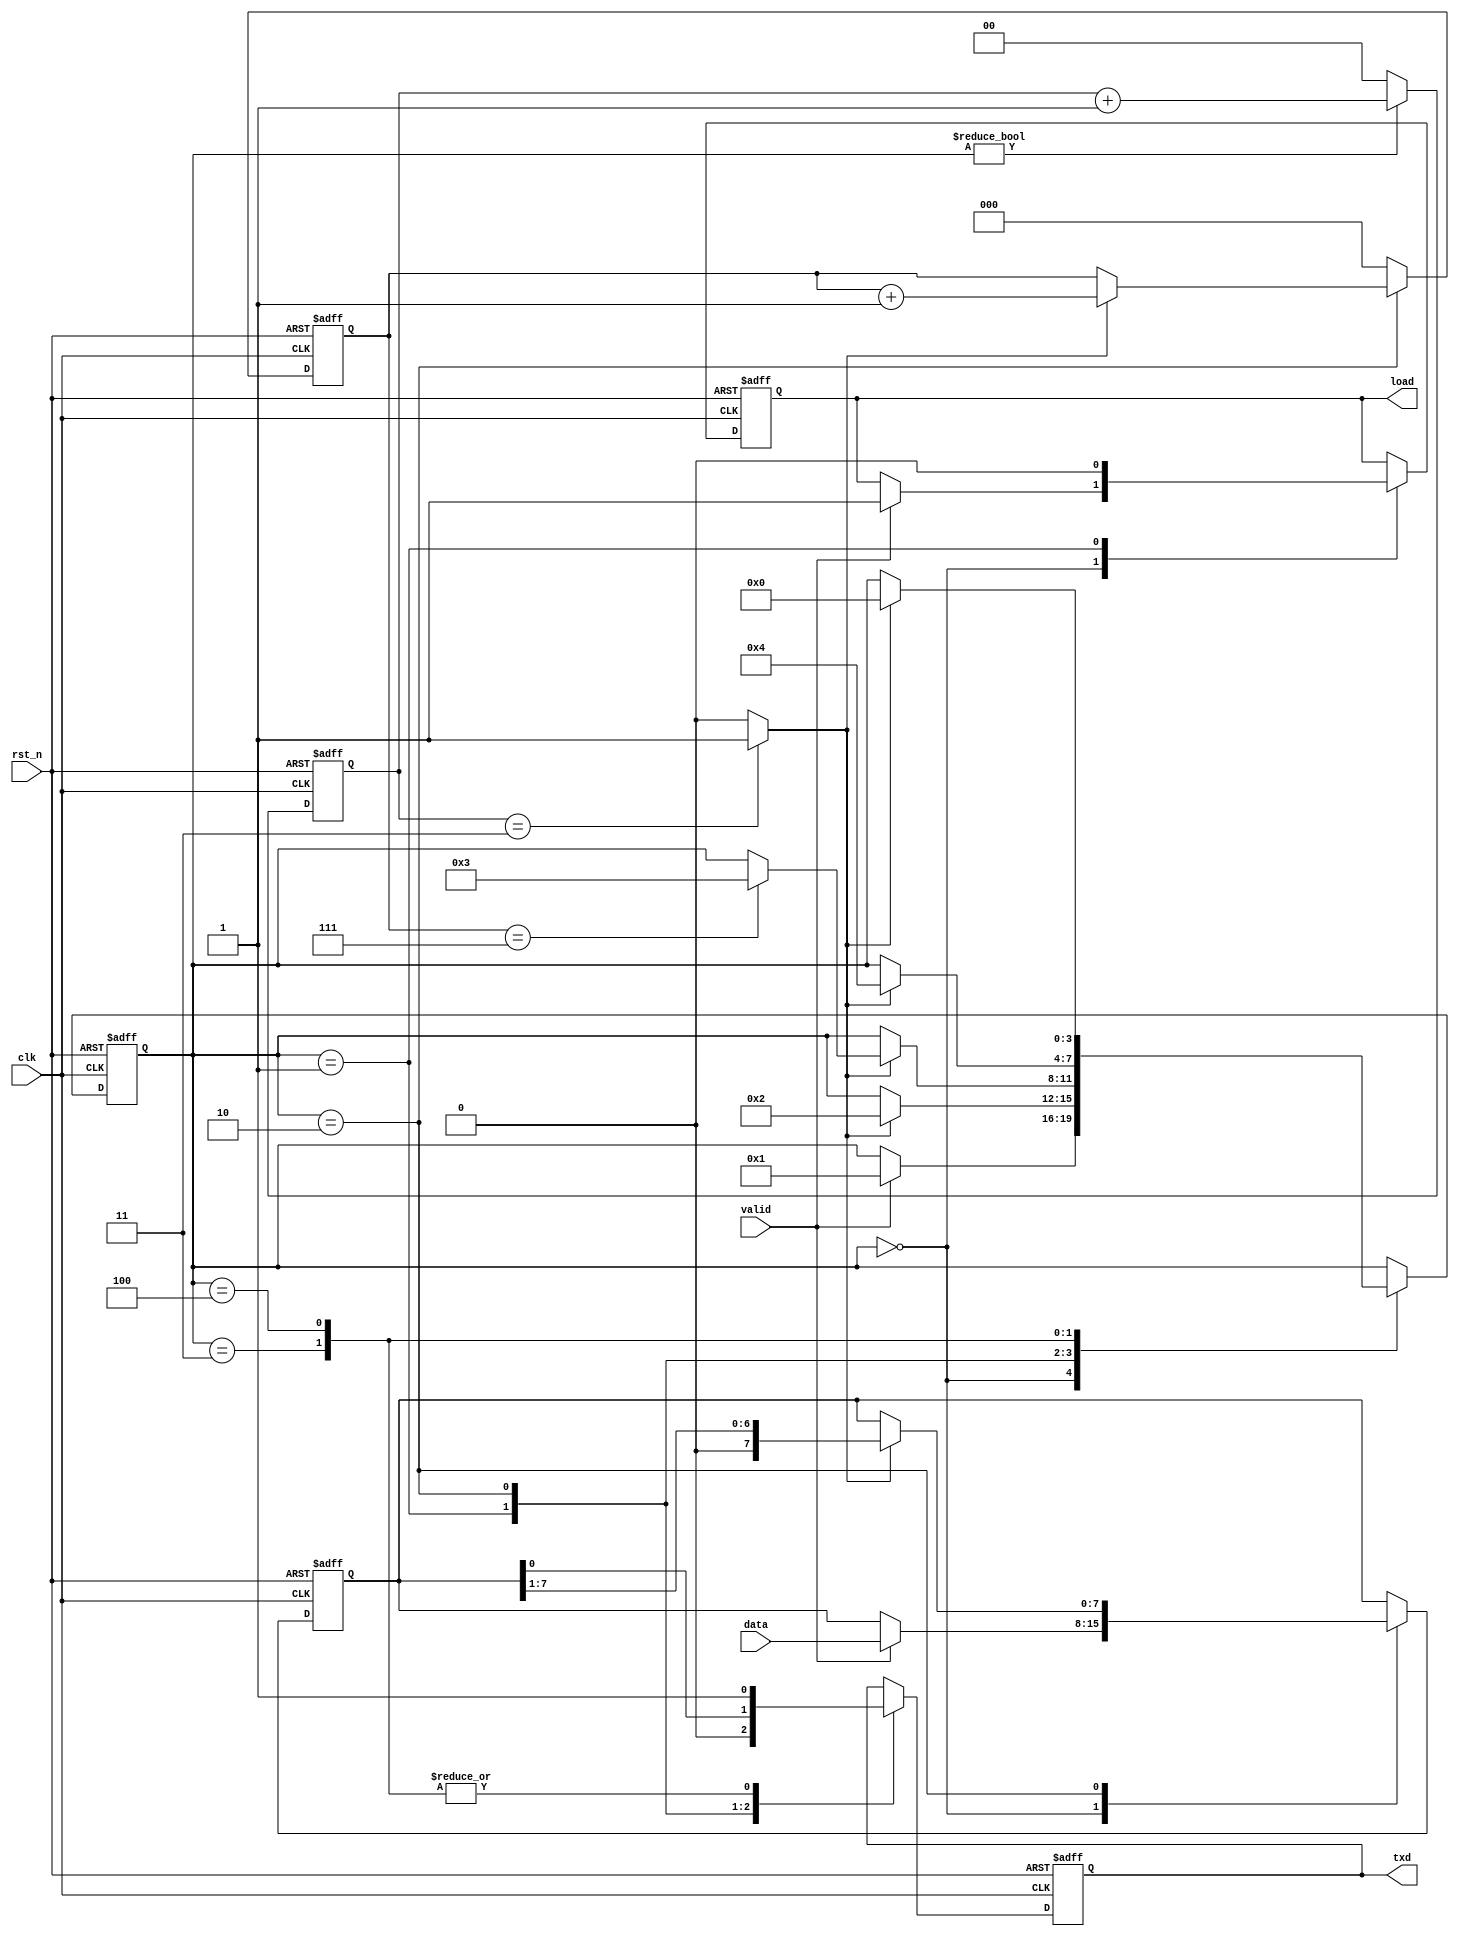
module uartcon_tx
  (
   input       rst_n,
   input       clk,
   output      txd,
   input       valid,
   output reg load,
   input [7:0] data
   );
   reg [1:0]   sample_count;
   reg [2:0]   bit_count;
   reg [7:0]   tx_data;
   wire        sample_point;
   reg [3:0]   state;
   localparam S_IDLE    = 4'd0;
   localparam S_START   = 4'd1;
   localparam S_DATA    = 4'd2;
   localparam S_STOP    = 4'd3;
   localparam S_LAST    = 4'd4;
   reg         out_data;
   always @(posedge clk or negedge rst_n) begin
      if(!rst_n) begin
         sample_count[1:0] <= 2'd0;
         bit_count[2:0] <= 3'd0;
      end else begin
         if(state != S_IDLE) begin
            sample_count[1:0] <= sample_count[1:0] + 2'd1;
         end else begin
            sample_count[1:0] <= 2'd0;
         end
         if(state == S_DATA) begin
            if(sample_point == 1'b1) begin
               bit_count[2:0] <= bit_count[2:0] + 3'd1;
            end
         end else begin
            bit_count[2:0] <= 3'd0;
         end
      end
   end
   assign sample_point = (sample_count[1:0] == 2'd3)?1'b1:1'b0;
   always @(posedge clk or negedge rst_n) begin
      if(!rst_n) begin
         state <= S_IDLE;
         tx_data[7:0] <= 8'd0;
         load <= 1'b0;
         out_data <= 1'b1;
      end else begin
         case(state)
           S_IDLE: begin
              if(valid == 1'b1) begin
                 state <= S_START;
                 tx_data[7:0] <= data[7:0];
                 load <= 1'b1;
              end
           end
           S_START: begin
              load <= 1'b0;
              out_data <= 1'b0;
              if(sample_point == 1'b1) begin
                 state <= S_DATA;
              end
           end
           S_DATA: begin
              out_data <= tx_data[0];
              if(sample_point == 1'b1) begin
                 tx_data[7:0] <= {1'b0, tx_data[7:1]};
                 if(bit_count[2:0] == 3'd7) begin
                    state <= S_STOP;
                 end
              end
           end
           S_STOP: begin
              out_data <= 1'b1;
              if(sample_point == 1'b1) begin
                 state <= S_LAST;
              end
           end
           S_LAST: begin
              out_data <= 1'b1;
              if(sample_point == 1'b1) begin
                 state <= S_IDLE;
              end
           end
         endcase
      end
   end
   assign txd = out_data;
endmodule